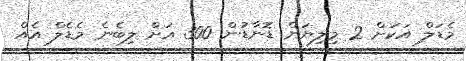
މެޑަލް އަކަށް 2 މިލިޔަން ޑޮނާޑުން 300 އަށް ލިބެނެ މެޑެލް އެއް